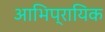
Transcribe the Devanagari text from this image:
आभिप्रायिक